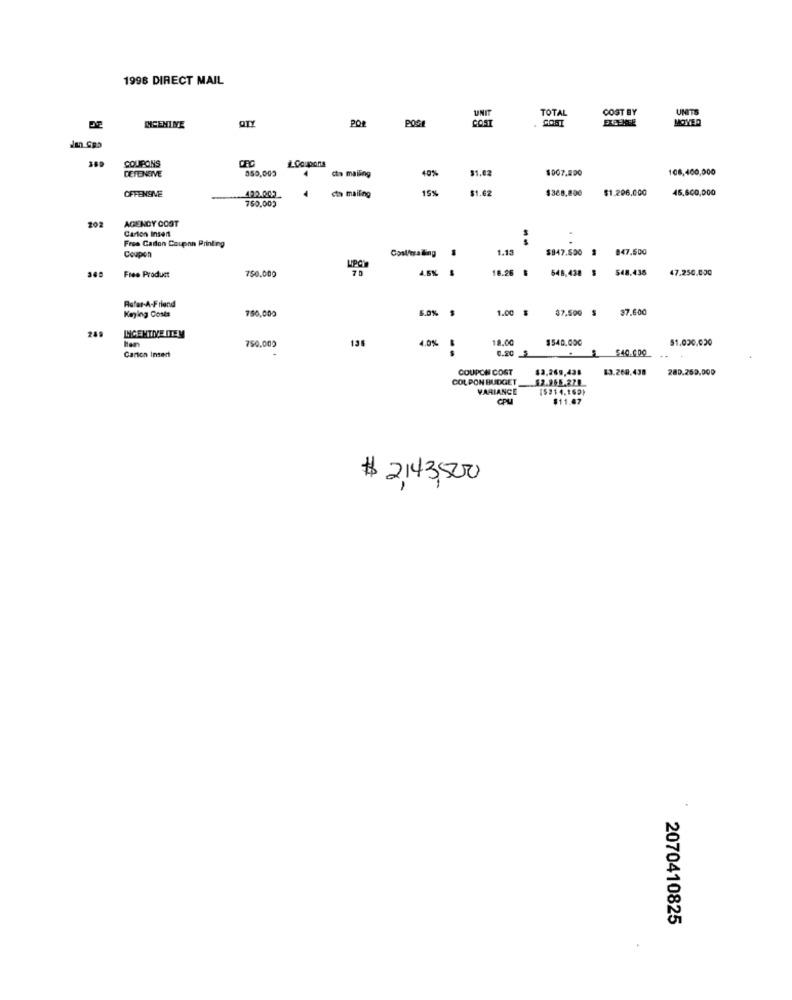
1998 DIRECT MAIL
TOTAL
COST BY
UNITS
QTY
POGR
COST
MCENINE
COUPONS
# Coupons
DEFENEIVE
350,003
cto mailing
40%
1.02
$007.200
108,460,000
4
4
15%
$1.62
$368,800
$1.296,000
45,600,000
OFFENSIVE
492.002
750,009
cth mailing
AGENCY COST
202
Carton Insert
Free Carton Coupnn Printing
--
Coupon
Conl'eralling $
1.13
$847.500
947.500
750.000
UPCi
70
4.6% $
18.26
548,438 $
548.435
47.250.000
Free Product
Refer-A-Friend
Keying Costs
750,000
5.0%
1.00 $
37.500 $
37.600
INGENTIVE ITEM
her
135
18.00
$540,000
51,020,020
750.000
4.0% &
$40.000
Carica Insect
0.20 3
..
COUPON COST
$2,269,438
$3.268.438
280.253.000
COL PON BUDGET
$2.955.270
VARIANCE
(5214.169)
CPU
$11.47
$ 2143,500
2070410825